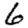
Digit: 6